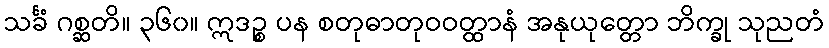
သင်္ခံ ဂစ္ဆတိ။ ၃၆၀။ ဣဒဉ္စ ပန စတုဓာတုဝဝတ္ထာနံ အနုယုတ္တော ဘိက္ခု သုညတံ